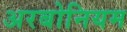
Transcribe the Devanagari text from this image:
अरबोनियम